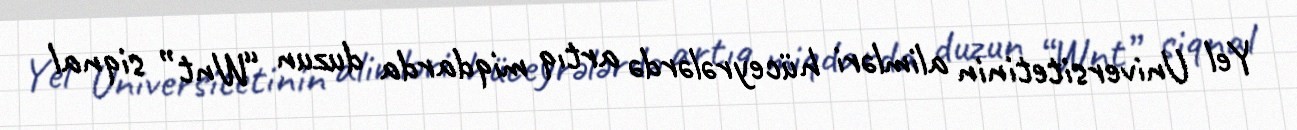
Yel Universitetinin alimləri hüceyrələrdə artıq miqdarda duzun “Wnt” siqnal